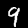
Label: 9